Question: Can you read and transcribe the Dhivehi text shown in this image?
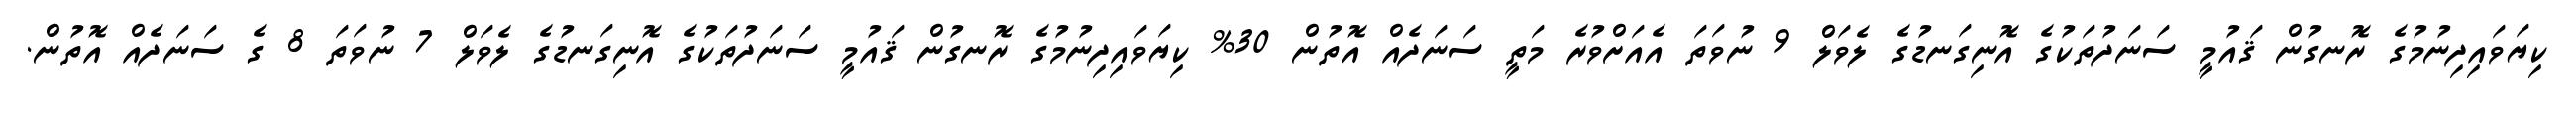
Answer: ކިޔަވައިދިނުމުގެ ރޮނގުން ޤައުމީ ސަނަދުތަކުގެ އޮނިގަނޑުގެ ލެވަލް 9 ނުވަތަ އެއަށްވުރެ މަތީ ސަނަދެއް އޮތުން 30% ކިޔަވައިދިނުމުގެ ރޮނގުން ޤައުމީ ސަނަދުތަކުގެ އޮނިގަނޑުގެ ލެވަލް 7 ނުވަތަ 8 ގެ ސަނަދެއް އޮތުން.